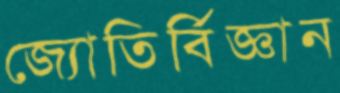
জ্যোতির্বিজ্ঞান